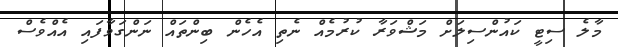
މާލެ ސިޓީ ކައުންސިލަށް މަޝްވަރާ ކުރުމެއް ނެތި އެހެން ބިންތައް ނަންގަވާފައި އެއްވެސް